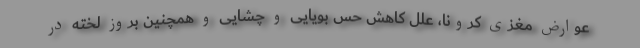
عوارض مغزی کرونا، علل کاهش حس بویایی و چشایی و همچنین بروز لخته در